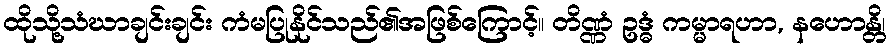
ထိုသို့သံဃာချင်းချင်း ကံမပြုနိုင်သည်၏အဖြစ်ကြောင့်။ တိဏ္ဏံ ဥဒ္ဓံ ကမ္မာရဟာ, နဟောန္တိ၊